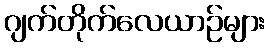
ဂျက်တိုက်လေယာဉ်များ